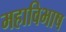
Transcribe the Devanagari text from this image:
महाविभाष